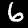
Digit: 6